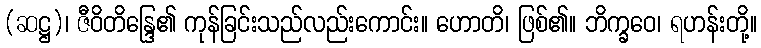
(ဆဋ္ဌ)၊ ဇီဝိတိန္ဒြေ၏ ကုန်ခြင်းသည်လည်းကောင်း။ ဟောတိ၊ ဖြစ်၏။ ဘိက္ခဝေ၊ ရဟန်းတို့။